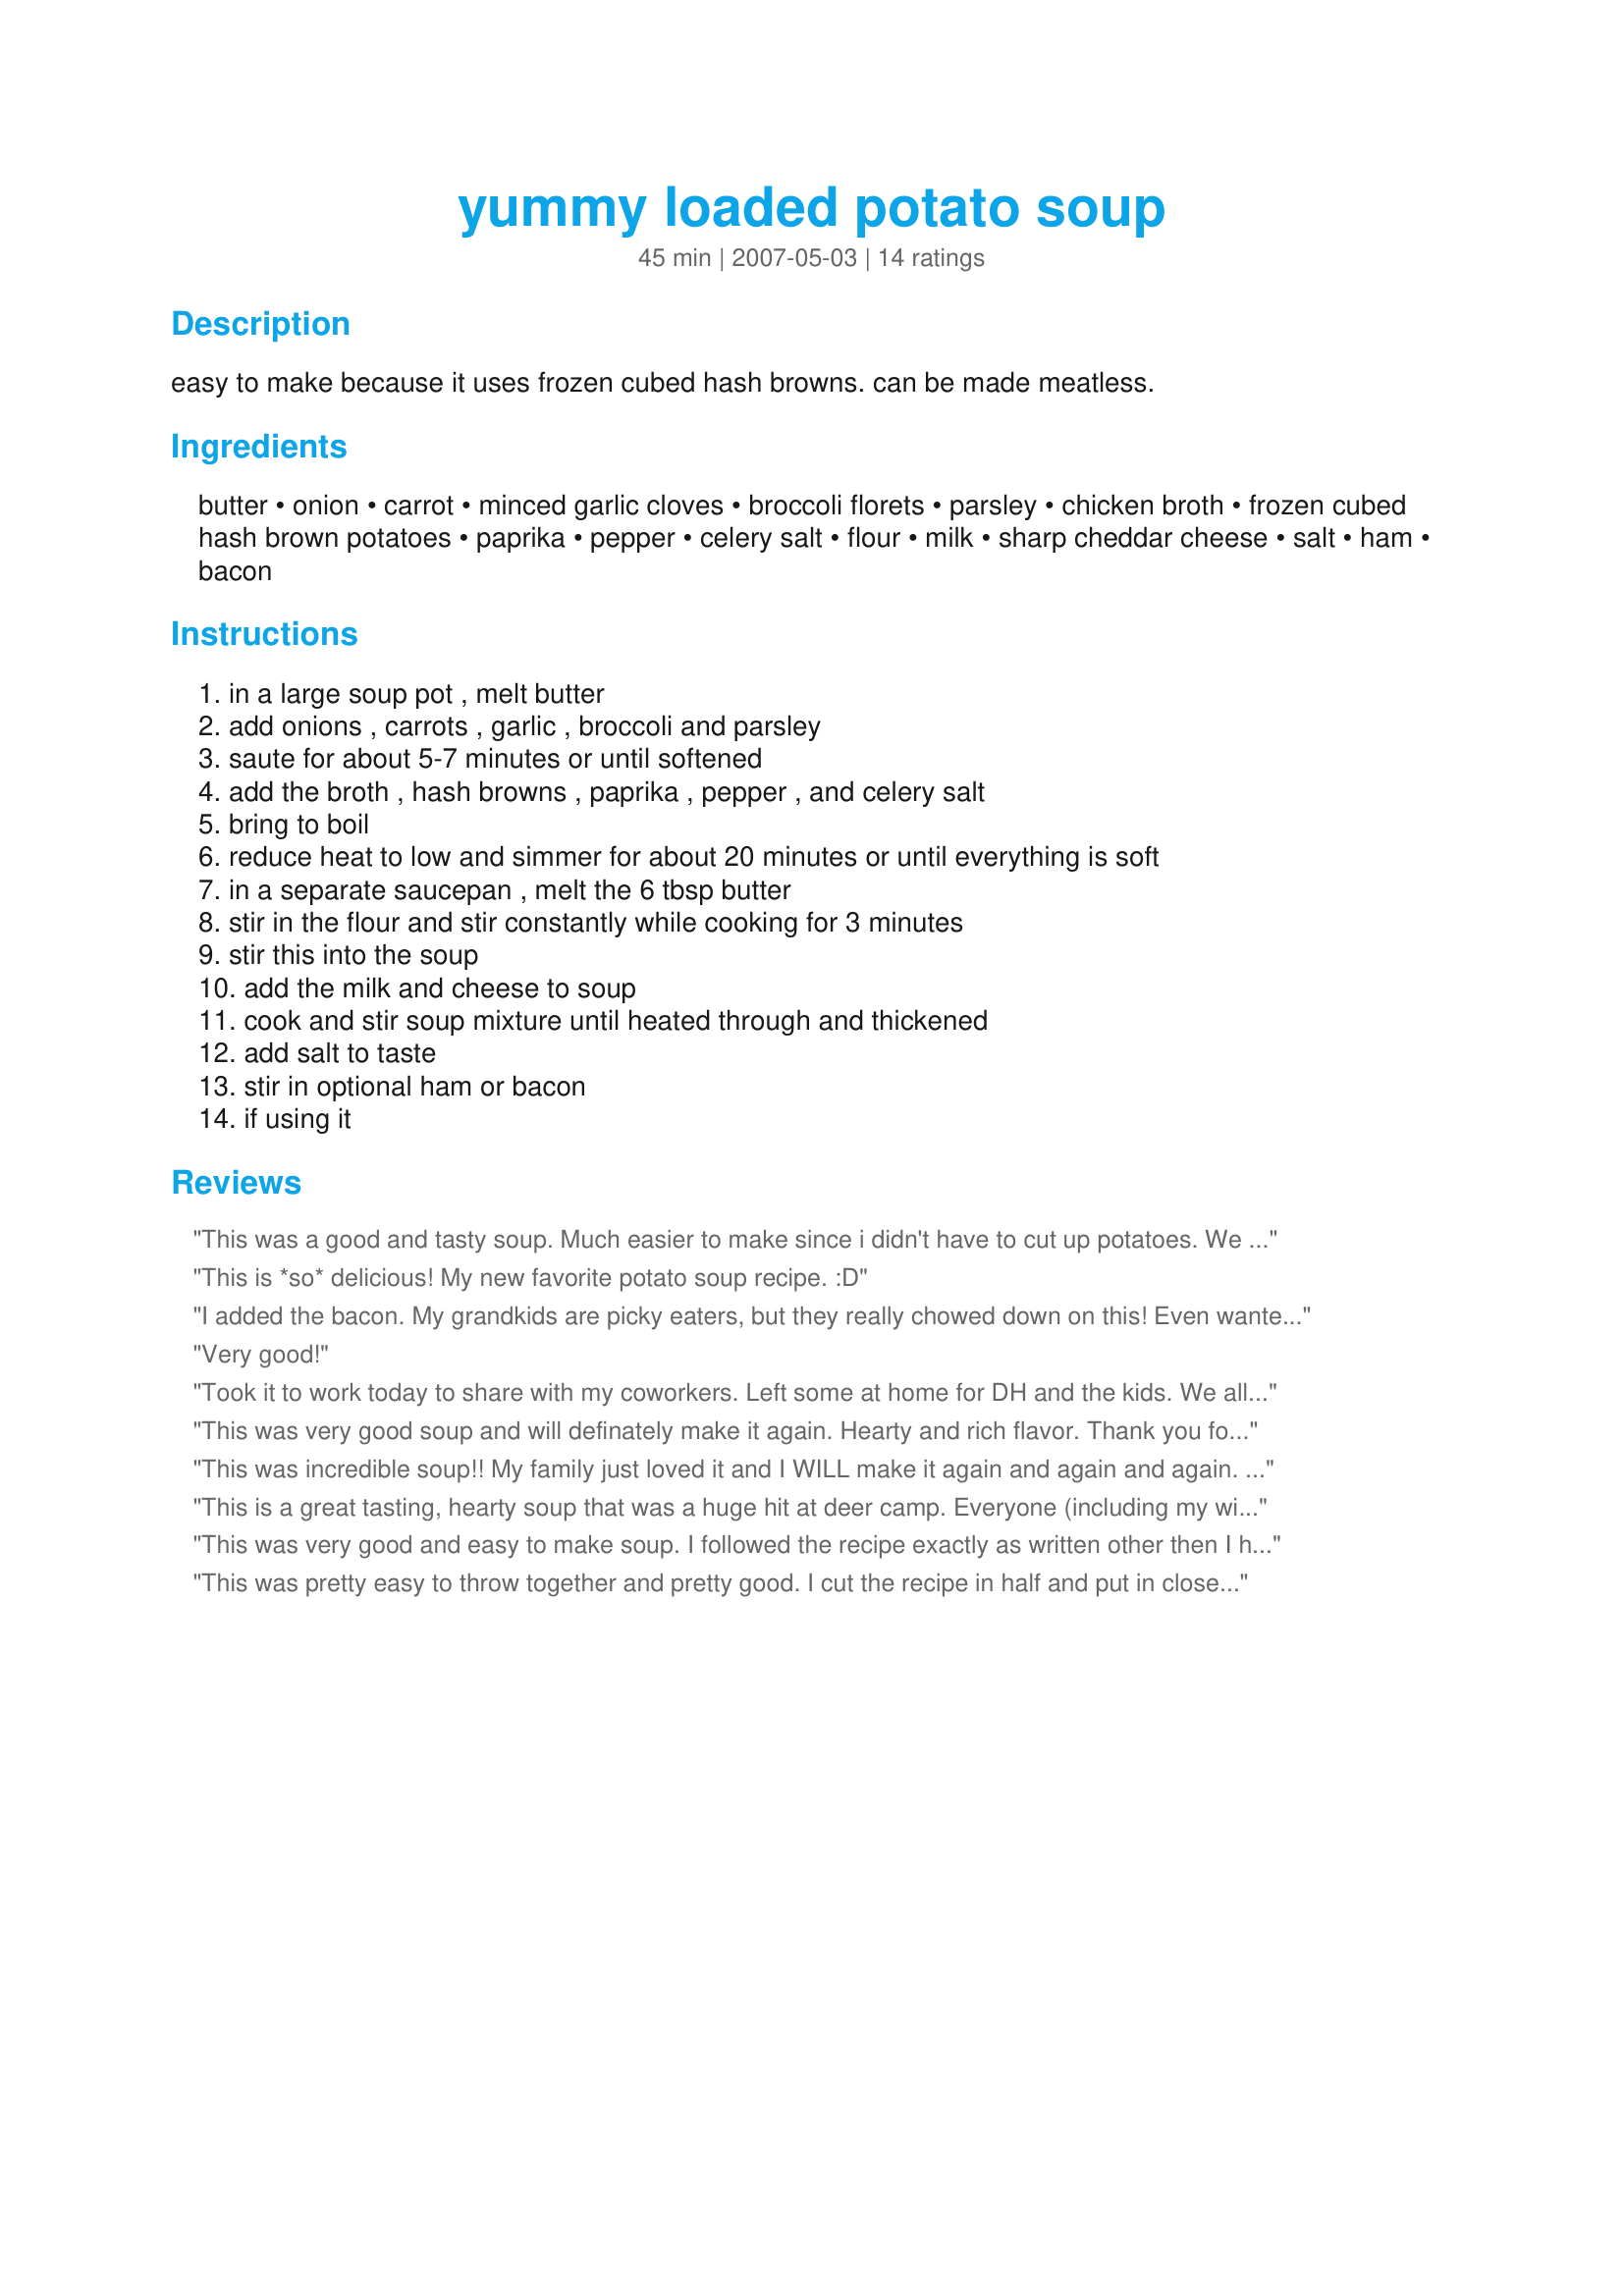
yummy loaded potato soup
Preparation time: 45 minutes

easy to make because it uses frozen cubed hash browns. can be made meatless.

Ingredients:
butter, onion, carrot, minced garlic cloves, broccoli florets, parsley, chicken broth, frozen cubed hash brown potatoes, paprika, pepper, celery salt, flour, milk, sharp cheddar cheese, salt, ham, bacon

Steps:
in a large soup pot , melt butter, add onions , carrots , garlic , broccoli and parsley, saute for about 5-7 minutes or until softened, add the broth , hash browns , paprika , pepper , and celery salt, bring to boil, reduce heat to low and simmer for about 20 minutes or until everything is soft, in a separate saucepan , melt the 6 tbsp butter, stir in the flour and stir constantly while cooking for 3 minutes, stir this into the soup, add the milk and cheese to soup, cook and stir soup mixture until heated through and thickened, add salt to taste, stir in optional ham or bacon, if using it

Reviews:
This was a good and tasty soup. Much easier to make since i didn't have to cut up potatoes. We loved the broccoli in it too. Will make again. Thanks for posting this recipe.
This is *so* delicious! My new favorite potato soup recipe. :D
I added the bacon. My grandkids are picky eaters, but they really chowed down on this! Even wanted more an hour later... so this is a keeper for me!!
Very good!
Took it to work today to share with my coworkers. Left some at home for DH and the kids. We all loved it!! This is a keeper for sure! :)
This was very good soup and will definately make it again. Hearty and rich flavor. Thank you for sharing!
This was incredible soup!! My family just loved it and I WILL make it again and again and again. Thanks so much for sharing this *Parsley*
This is a great tasting, hearty soup that was a huge hit at deer camp. Everyone (including my wife) wanted more and the recipe to boot. I add 8 oz of diced ham and 1/2 tsp salt with the cheese to top it off. This recipe is definately a keeper and a family favorite!
This was very good and easy to make soup. I followed the recipe exactly as written other then I had to use a bit more flour to make it a bit thicker (the way I like it) I loved that it was made with hash brown potatoes as I am not a fan of cutting potatoes LOL I made this for freezer tag 2008. I made the soup as written but then froze some and took it over to my parents. My mom thawed it in the microwave and cooked it for lunch. It still had a good taste but it was a bit thinner with freezing and thawing.
This was pretty easy to throw together and pretty good. I cut the recipe in half and put in close to 3 cups of cheese and added a half package of bacon. Thought it needed just a little something, but maybe these thick soups aren't for me.
Amazing!!
Delicious soup that was easy to make and loved by all. I followed the recipe exactly except for omitting the broccoli florets because my family doesn't like broccoli. Definitely a keeper. Thanks for a great recipe.
Great recipe I made this for my husbands dart teams a few months back which is very large number of people. I have never seen soup disappear so quickly in my entire life. I have gotten many requests from the teams and my family to make this again. Thanks for posting Parsley
This was great. I didn't have broccoli or meat but it still tasted great.
